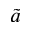
\tilde { a }